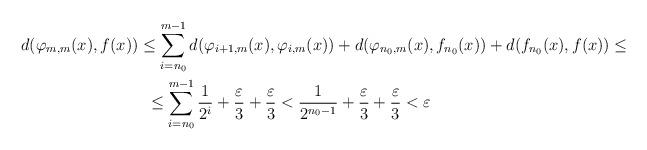
LaTeX: \begin{gather*}d(\varphi_{m,m}(x),f(x))\le \sum_{i=n_0}^{m-1}d(\varphi_{i+1,m}(x),\varphi_{i,m}(x))+d(\varphi_{n_0,m}(x),f_{n_0}(x))+d(f_{n_0}(x),f(x))\le\\\le\sum_{i=n_0}^{m-1}\frac{1}{2^i}+\frac{\varepsilon}{3}+\frac{\varepsilon}{3}<\frac{1}{2^{n_0-1}}+\frac{\varepsilon}{3}+\frac{\varepsilon}{3}<\varepsilon\end{gather*}